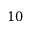
1 0